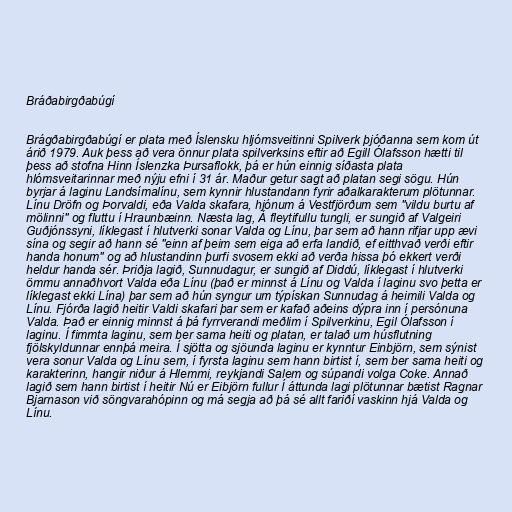
Bráðabirgðabúgí

Brágðabirgðabúgí er plata með Íslensku hljómsveitinni Spilverk þjóðanna sem kom út
árið 1979. Auk þess að vera önnur plata spilverksins eftir að Egill Ólafsson hætti til
þess að stofna Hinn Íslenzka Þursaflokk, þá er hún einnig síðasta plata
hlómsveitarinnar með nýju efni í 31 ár. Maður getur sagt að platan segi sögu. Hún
byrjar á laginu Landsímalínu, sem kynnir hlustandann fyrir aðalkarakterum plötunnar.
Línu Dröfn og Þorvaldi, eða Valda skafara, hjónum á Vestfjörðum sem "vildu burtu af
mölinni" og fluttu í Hraunbæinn. Næsta lag, Á fleytifullu tungli, er sungið af Valgeiri
Guðjónssyni, líklegast í hlutverki sonar Valda og Línu, þar sem að hann rifjar upp ævi
sína og segir að hann sé "einn af þeim sem eiga að erfa landið, ef eitthvað verði eftir
handa honum" og að hlustandinn þurfi svosem ekki að verða hissa þó ekkert verði
heldur handa sér. Þriðja lagið, Sunnudagur, er sungið af Diddú, líklegast í hlutverki
ömmu annaðhvort Valda eða Línu (það er minnst á Línu og Valda í laginu svo þetta er
líklegast ekki Lína) þar sem að hún syngur um týpískan Sunnudag á heimili Valda og
Línu. Fjórða lagið heitir Valdi skafari þar sem er kafað aðeins dýpra inn í persónuna
Valda. Það er einnig minnst á þá fyrrverandi meðlim í Spilverkinu, Egil Ólafsson í
laginu. Í fimmta laginu, sem ber sama heiti og platan, er talað um húsflutning
fjölskyldunnar ennþá meira. Í sjötta og sjöunda laginu er kynntur Einbjörn, sem sýnist
vera sonur Valda og Línu sem, í fyrsta laginu sem hann birtist í, sem ber sama heiti og
karakterinn, hangir niður á Hlemmi, reykjandi Salem og súpandi volga Coke. Annað
lagið sem hann birtist í heitir Nú er Eibjörn fullur Í áttunda lagi plötunnar bætist Ragnar
Bjarnason við söngvarahópinn og má segja að þá sé allt fariðí vaskinn hjá Valda og
Línu.